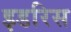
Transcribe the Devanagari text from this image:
इडरिस